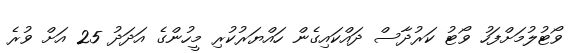
ވޯޓުލުމަށްފަހު ވޯޓު ކަރުދާސް ދައްކައިގެން ހައްޔަރުކުރި މީހުންގެ އަދަދު 25 އަށް ވުރެ